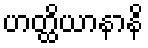
ဟတ္ထိယာနာနိ